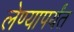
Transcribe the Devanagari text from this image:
लेण्यापर्यंत